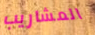
المشاريب